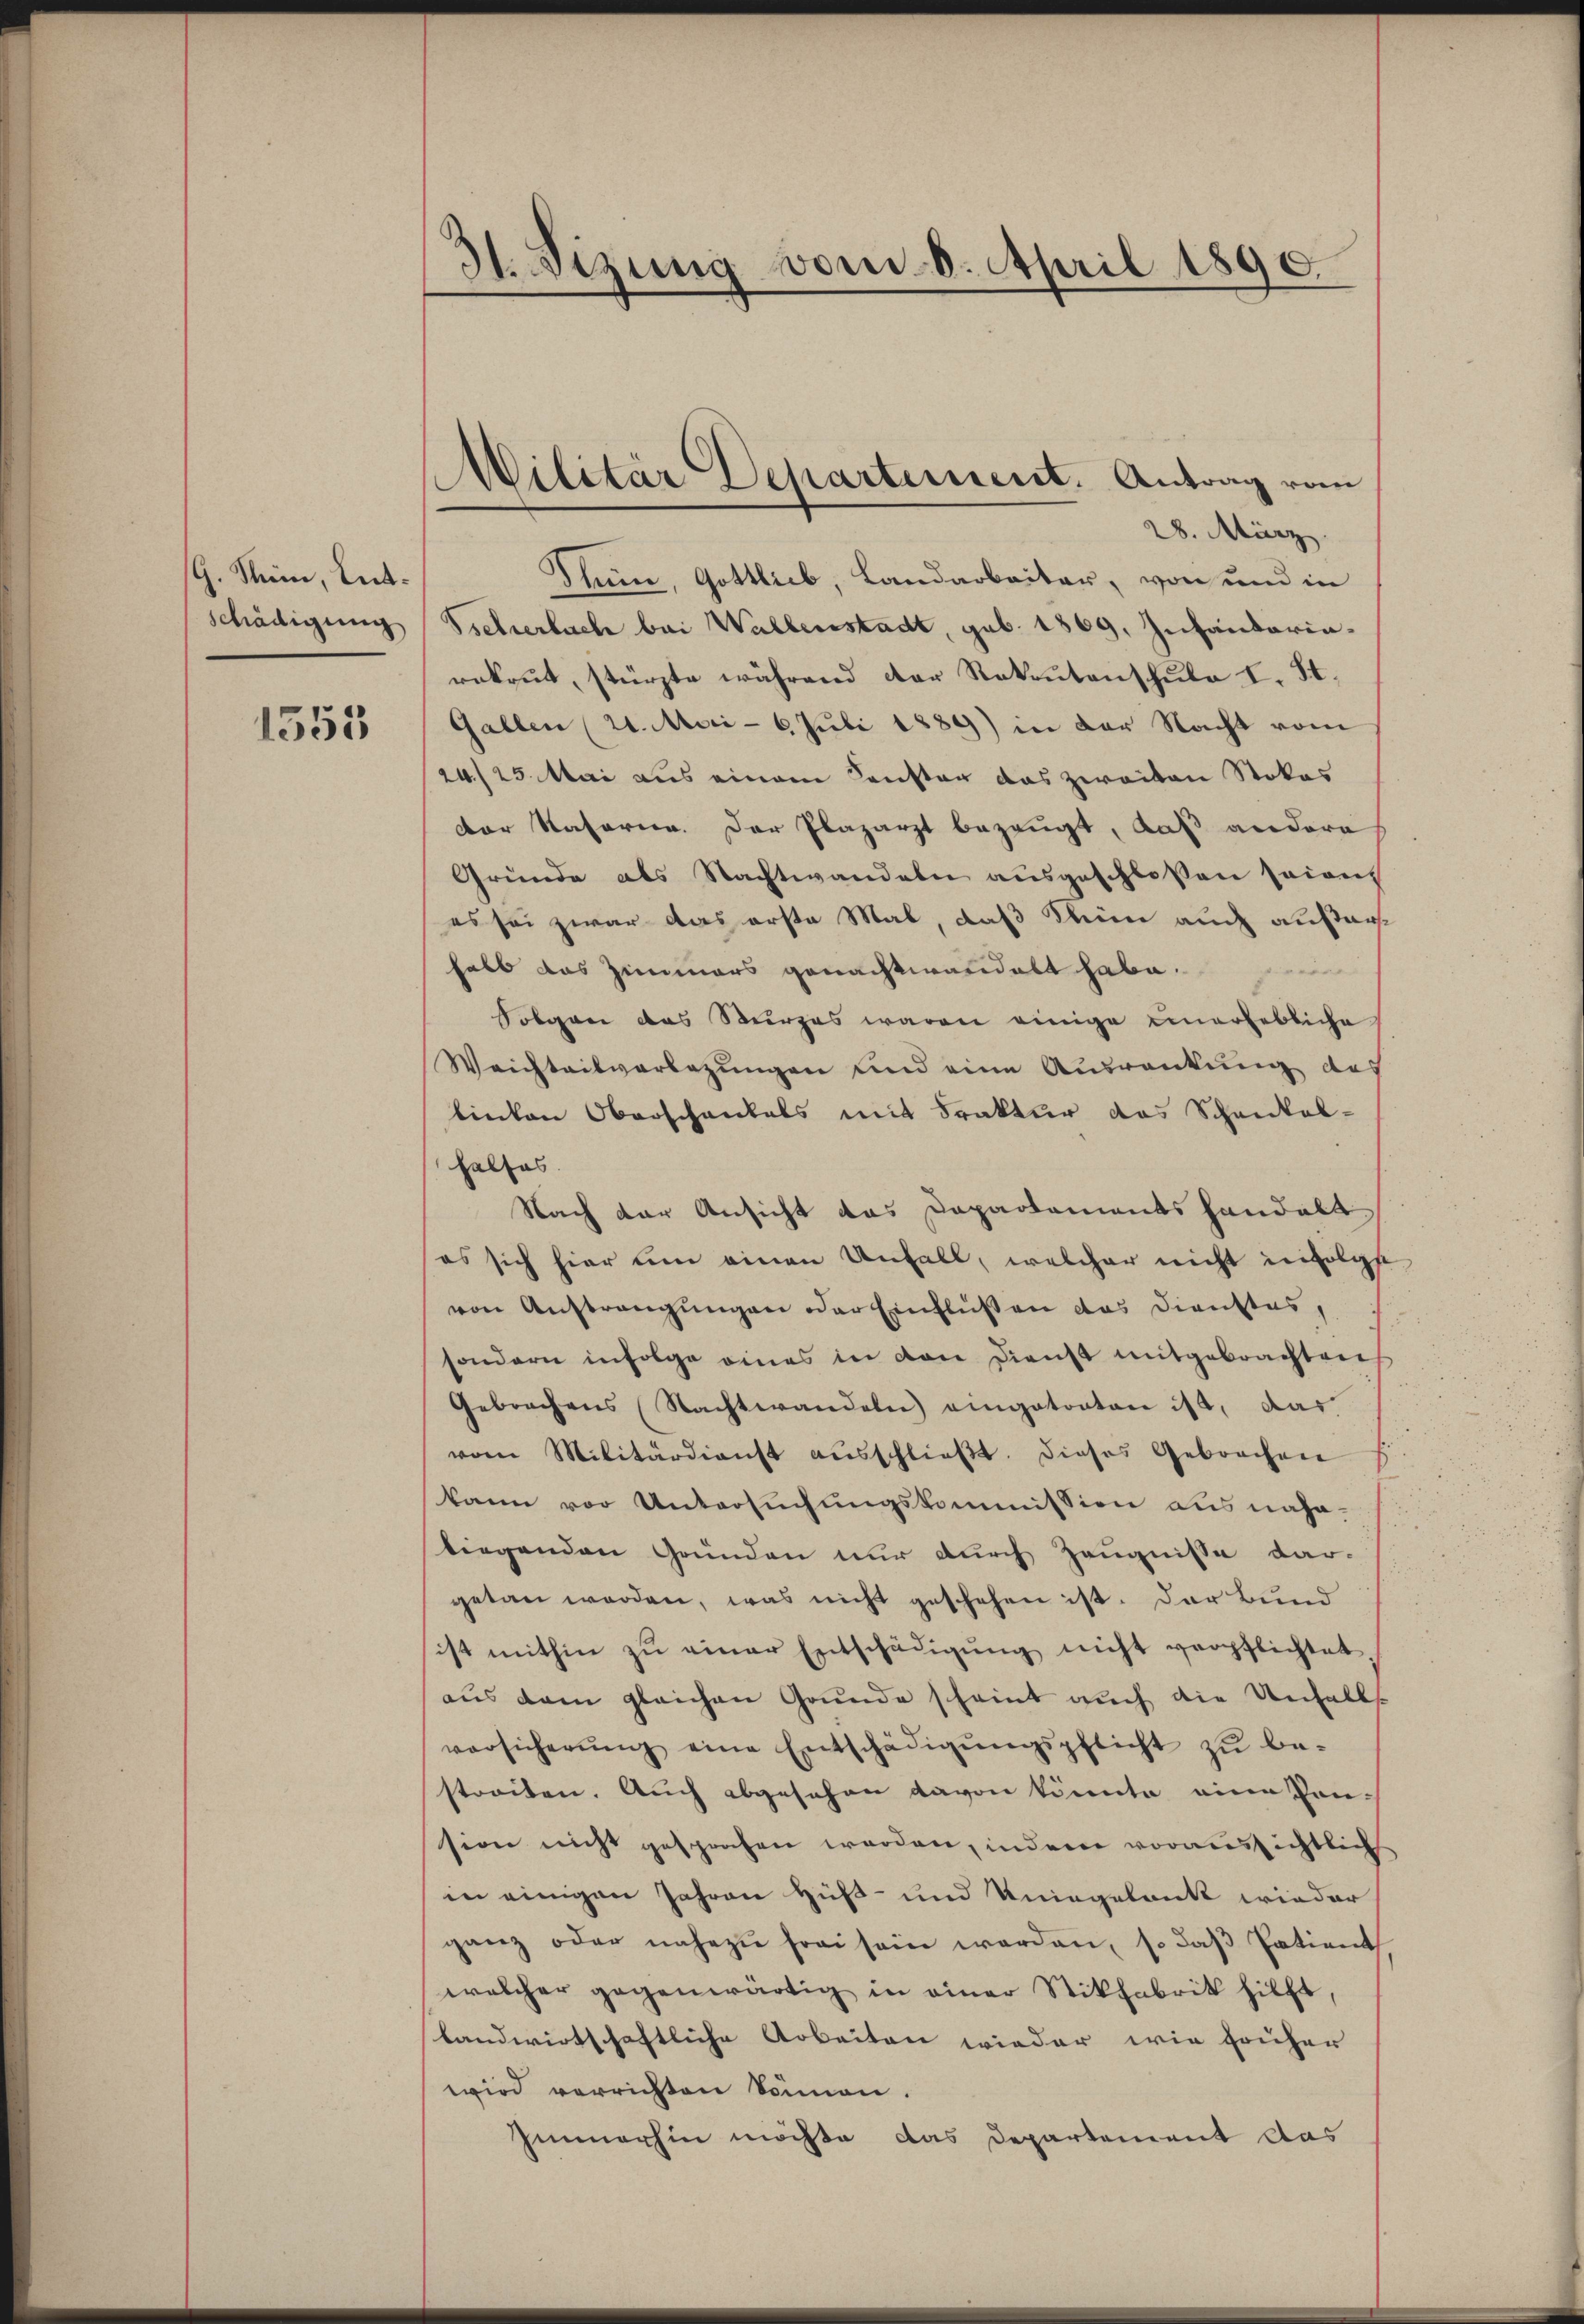
G. Stein, Entschädigung

1555

31. Sizung vom 8. April 1890.

Militär Departement. Antrag vom

28. März.
Thun, Gottlieb, Landarbeiter, von und in
Ssehrerbach bei Wallenstadt, sub. 1869, Infandarinrekrut, stürzte während der Rekrutenschŭle I. St.
Gallen (21. Mai - 6. Juli 1889) in der Nacht vom
24./25. Mai aus einem Konstag das zweiten Stokas
der Kaserien. Der Plazarzt bezeugt, daß andere
Gründe als Nachtwandeln ausgeschlossen seien
es sei zwar das erste Mal, daß keine auch außerhalb das Zimmers genachtwandelt habe.
Folgen das Sturzes waren einige einerhebliche
Weichteilvorlegungen und eine Auswankung des
binten Oberschenkels mit Trakter das Schankal-
halfes.
Nach der Ansicht das Dapartements handelt
es sich hier um einen Unfall, welcher nicht infolgst
von Anstrangungen oder Einflüßen das Dienstes,
sondern infolge eines in den Dienst mitgebrachten
Gebrachens (Nachtwandeln eingetonten ist, das
vom Militärdienst aŭsschlieβt. dieses Gebrachen
kann vor Untersuchungskommission ausnahe-
liegenden Gründen nur durch Zeugnisse dar-
getan werden, was nicht geschehen ist. Der Bund
ist mithin zŭ einer Entschädigŭng nicht verpflichtet,
aus dem gleichen Grunde scheint auch die Unfall
versicherŭng eine Entschädigŭngspflicht zŭ be-
streiten. Auch abgesehen davon könnte eine Konsion nicht gesprochen werden, indem voraussichtlich
in einigen Jahren Huß- und Kniegelenkt wieder
ganz oder nahezu frei sein werden, so daß Patient
welcher gegenwärtig in einer Stikfabrik hilft,
landwirtschaftliche Arbeiten wieder wie früher
wird verrichten können.
Immerhin möchte das Departement das